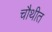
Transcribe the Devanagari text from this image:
चौथीत